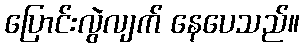
ပြောင်းလွဲလျက် နေပေသည်။